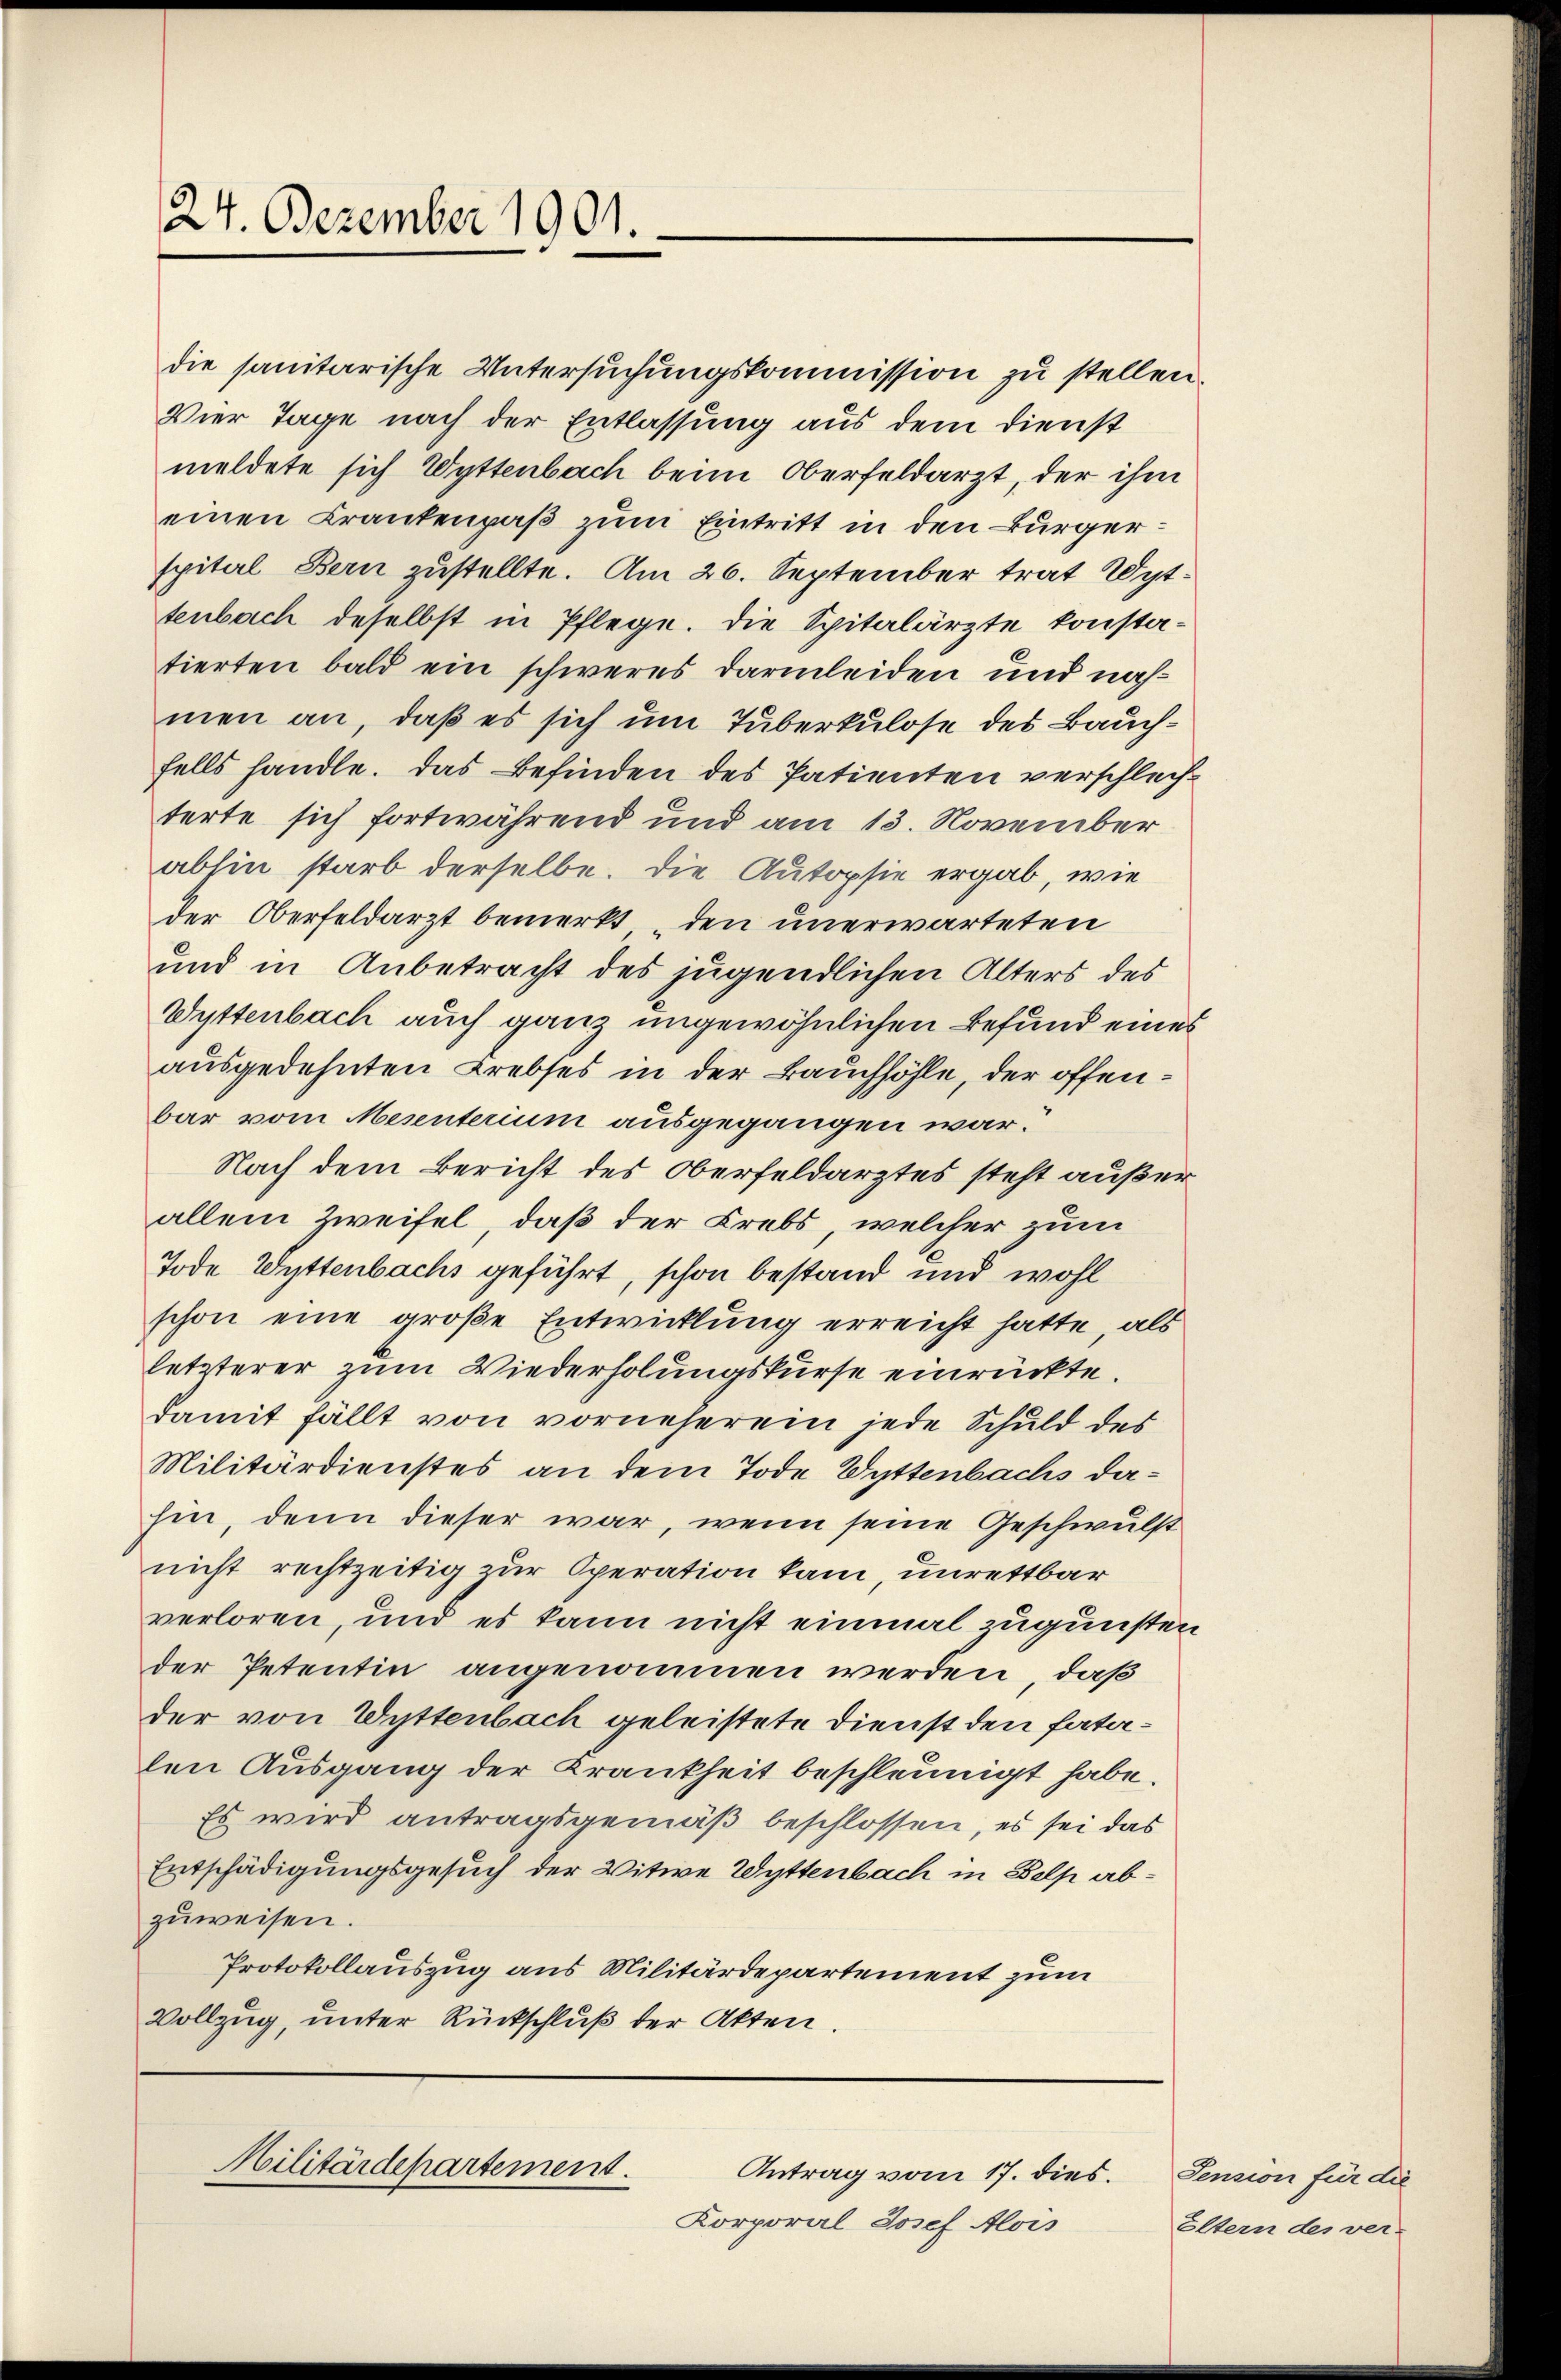
24. Dezember 1901.

die sanitarische Untersuchungskommission zu stellen.
Vier Tage nach der Entlassung aus dem Dienst
meldete sich Wyttenbach beim Oberfeldarzt, der ihm
einen Krankenpaß zum Eintritt in den Bürgerspital Bern zustellte. Am 26. September trat Wyttenbach deselbst in Pflege. Die Spitalärzte konstatierten bald ein schweres Darmleiden und nachmen an, daß es sich um Tuberkulose des Bauchfalls handle. Das Befinden des Patienten verschlechterte sich fortwährend und am 13. November
abhin starb derselbe. Die Autopsie ergab, wie
der Oberfeldarzt bemerkt, den unerwarteten
und in Anbetracht des jugendlichen Alters des
Wyttenbach auch ganz ungewöhnlichen Befund eines
ausgedehnten Krebses in der Bauchhöhle, der offenbar vom Mesenterium ausgegangen war.
Nach dem Bericht des Oberfeldarztes steht außerallein Zweifel, daß der Krebs, welcher zum
Tode Wyttenbachs geführt, schon bestand und wohl
schon eine große Entwicklung erreicht hatte, als
letzterer zum Wiederholungskurse einrückte.
damit fällt von vorneherein jede Schuld des
Militärdienstes an dem Tode Wyttenbachs dahin, denn dieser war, wenn seine Geschwulst
nicht rechtzeitig zur Operation kam, unrettbar
verloren, und es kann nicht einmal zugunsten
der Petentin angenommen werden, daß
der von Wyttenbach geleistete Dienst den fatalen Ausgang der Krankheit beschleunigt habe.
Es wird antragsgemäß beschlossen, es sei das
Entschädigungsgesuch der Witwe Wyttenbach in Belp abzuweisen.
Protokollauszug aus Militärdepartement zum
Vollzug, unter Rückschluß der Akten.

Militärdepartement.
Antrag vom 17. dies.

Korporal Josef Alois

Sension für die
Eltern des ver